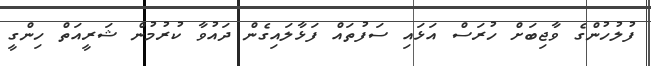
ފުލުހުންގެ ވާޖިބަށް ހުރަސް އަޅައި ސަފުތައް ފަޅާލައިގެން ދައުވާ ކުރުމުން ޝަރީއަތް ހިންގީ